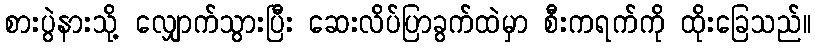
စားပွဲနားသို့ လျှောက်သွားပြီး ဆေးလိပ်ပြာခွက်ထဲမှာ စီးကရက်ကို ထိုးခြေသည်။